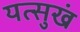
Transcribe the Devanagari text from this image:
यत्सुखं